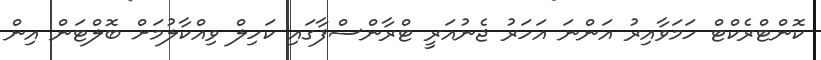
ކޮންޓްރެކްޓް ހަމަވާއިރު އަންނަ އަހަރު ޖެނުއަރީ ޓްރާންސްފާގައި ކަހިލް ވިއްކާލުމަށް ބޮލްޓަން އިން